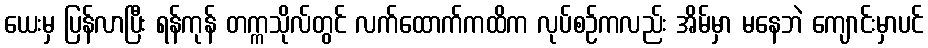
ယေးမှ ပြန်လာပြီး ရန်ကုန် တက္ကသိုလ်တွင် လက်ထောက်ကထိက လုပ်စဉ်ကလည်း အိမ်မှာ မနေဘဲ ကျောင်းမှာပင်